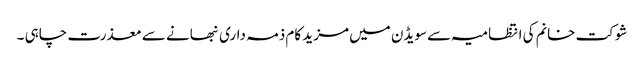
شوکت خانم کی انتظامیہ سے سویڈن میں مزید کام ذمہ داری نبھانے سے معذرت چاہی ۔